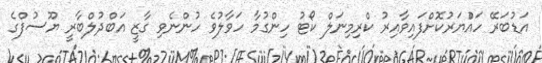
އަޑުބަރޭ ހައްުޔަރުކޮށްފައިވާއިރު ކްރިމިނަލް ކޯޓު ހިންގުމާ ހަވާލުވެ ހުންނެވި ގާޒީ އަބްދުލްބާރީ ޔޫސުފްގެ